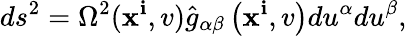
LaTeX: ds^{2}=\Omega^{2}(\mathbf{x}^{\mathbf{i}},v)\hat{{{g}}}_{\alpha\beta}\left(\mathbf{x}^{\mathbf{i}},v\right)du^{\alpha}du^{\beta},